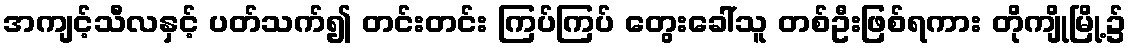
အကျင့်သီလနှင့် ပတ်သက်၍ တင်းတင်း ကြပ်ကြပ် တွေးခေါ်သူ တစ်ဦးဖြစ်ရကား တိုကျိုမြို့၌